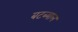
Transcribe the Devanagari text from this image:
बटब्याल